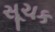
સૂચક